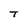
Character: T